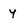
Character: y